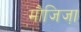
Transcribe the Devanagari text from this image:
मौजिजा़